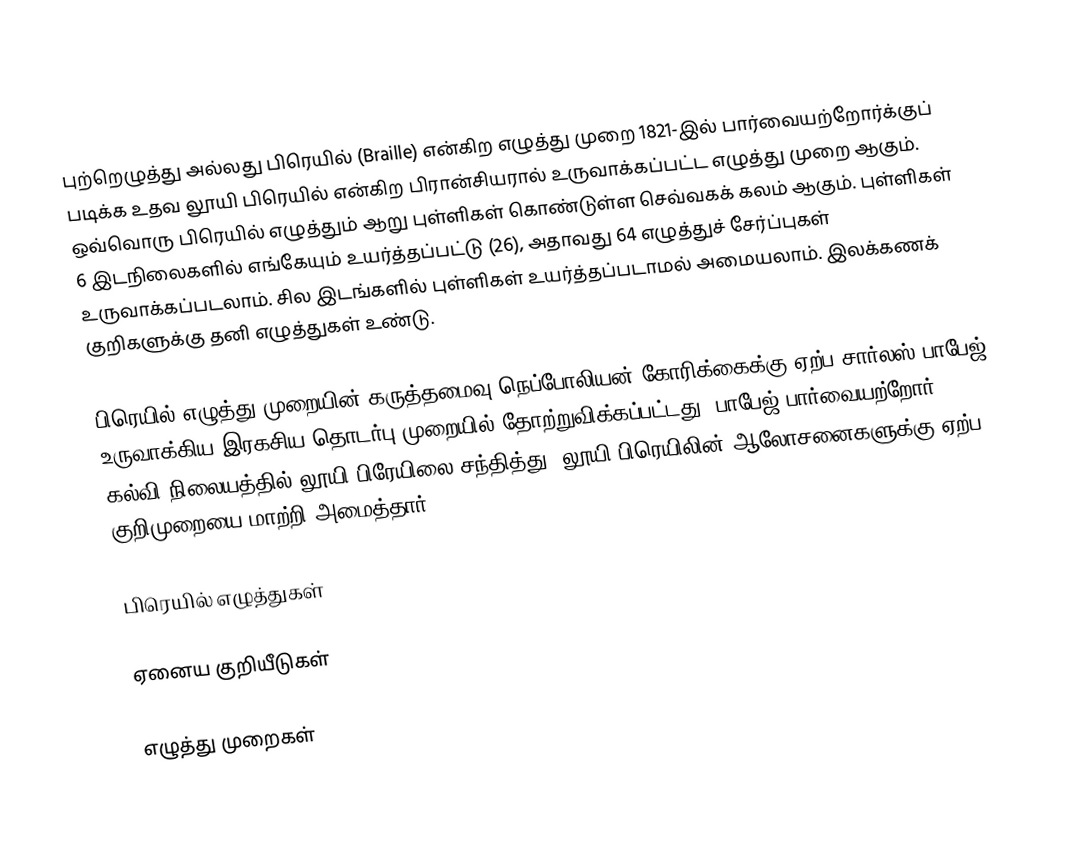
புற்றெழுத்து அல்லது பிரெயில் (Braille) என்கிற எழுத்து முறை 1821-இல் பார்வையற்றோர்க்குப் படிக்க உதவ லூயி பிரெயில் என்கிற பிரான்சியரால் உருவாக்கப்பட்ட எழுத்து முறை ஆகும். ஒவ்வொரு பிரெயில் எழுத்தும் ஆறு புள்ளிகள் கொண்டுள்ள செவ்வகக் கலம் ஆகும். புள்ளிகள்  6 இடநிலைகளில் எங்கேயும் உயர்த்தப்பட்டு (26), அதாவது 64 எழுத்துச் சேர்ப்புகள் உருவாக்கப்படலாம். சில இடங்களில் புள்ளிகள் உயர்த்தப்படாமல் அமையலாம். இலக்கணக் குறிகளுக்கு தனி எழுத்துகள் உண்டு.

பிரெயில் எழுத்து முறையின் கருத்தமைவு நெப்போலியன் கோரிக்கைக்கு ஏற்ப சார்லஸ் பாபேஜ் உருவாக்கிய இரகசிய தொடர்பு முறையில் தோற்றுவிக்கப்பட்டது. பாபேஜ் பார்வையற்றோர் கல்வி நிலையத்தில் லூயி பிரேயிலை சந்தித்து, லூயி பிரெயிலின் ஆலோசனைகளுக்கு ஏற்ப குறிமுறையை மாற்றி அமைத்தார்.

பிரெயில் எழுத்துகள்

ஏனைய குறியீடுகள்

எழுத்து முறைகள்